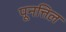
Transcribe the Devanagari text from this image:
पूनत्तिल